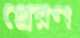
প্রেরণ